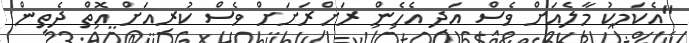
"އެކަމކު މާލެއަށް ވެސް އަދި އެހެން ރަށްރަށަށް ވެސް ކުރިއަށް އޮތް ދެތިން